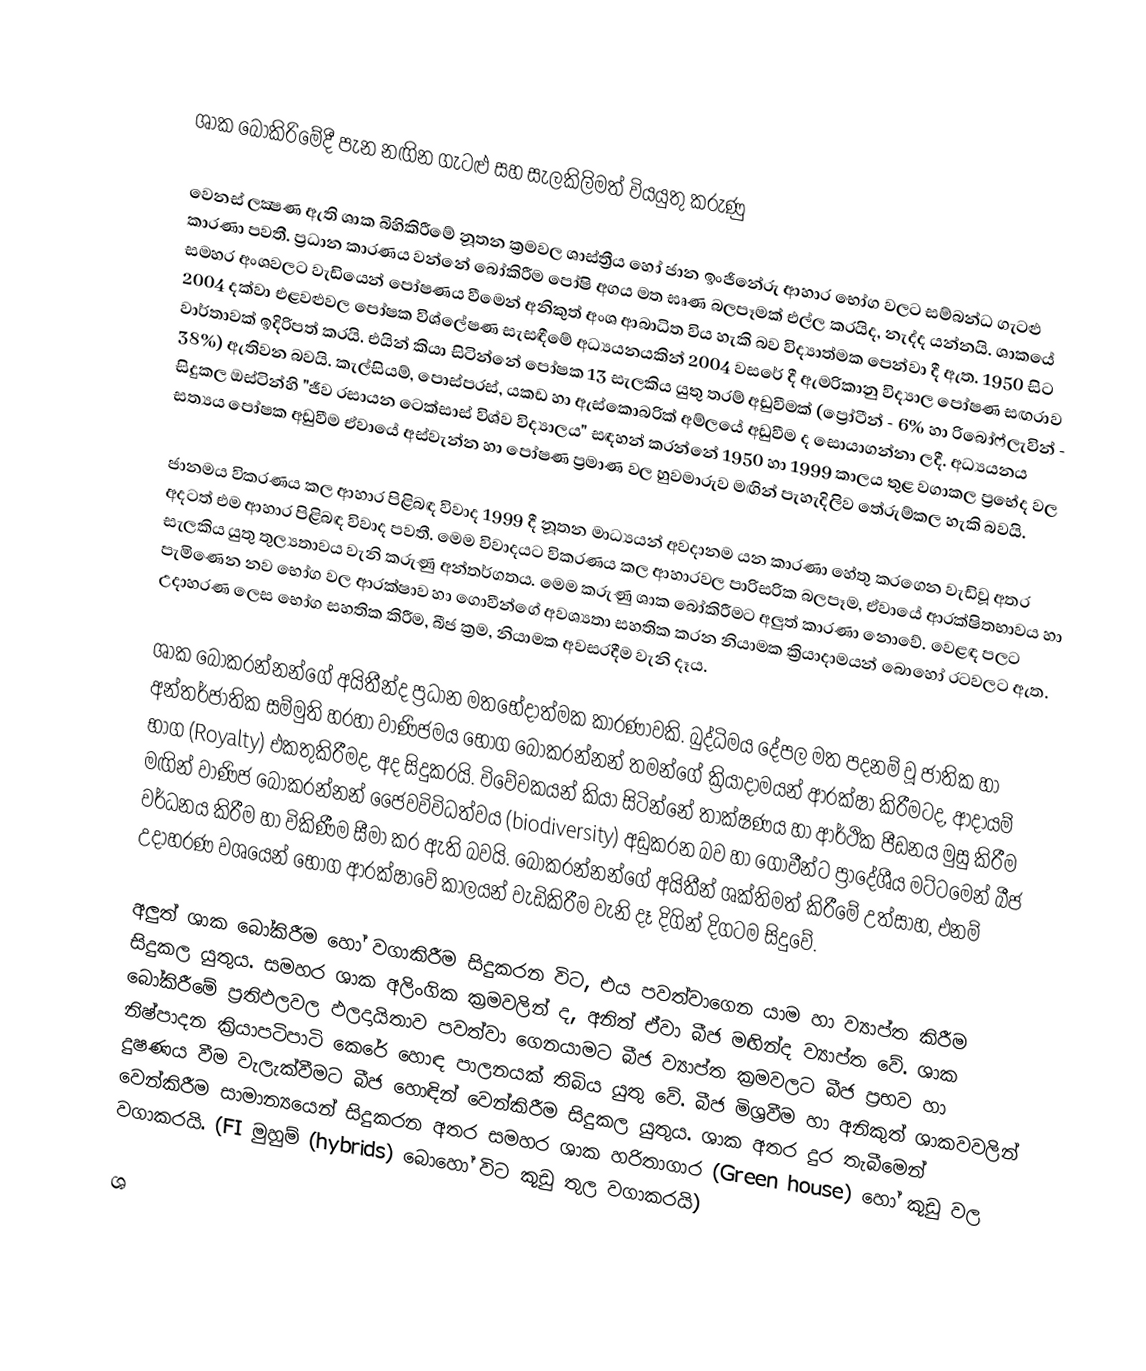

ශාක බෝකිරිමේදී පැන නඟින ගැටළු සහ සැලකිලිමත් වියයුතු කරුණු

වෙනස් ලක්‍ෂණ ඇති ශාක බිහිකිරීමේ නූතන  ක්‍රමවල ශාස්ත්‍රීය හෝ ජාන ඉංජිනේරු ආහාර භෝග වලට සම්බන්ධ ගැටළු කාරණා පවතී. ප්‍රධාන කාරණය වන්නේ බෝකිරීම පෝෂි අගය මත ඝෘණ බලපෑමක් එල්ල කරයිද, නැද්ද යන්නයි. ශාකයේ සමහර අංශවලට වැඩියෙන් පෝෂණය වීමෙන් අනිකුත් අංශ ආබාධිත විය හැකි බව විද්‍යාත්මක පෙන්වා දී ඇත. 1950 සිට 2004 දක්වා එළවළුවල පෝෂක විශ්ලේෂණ සැසඳීමේ අධ්‍යයනයකින් 2004 වසරේ දී ඇමරිකානු විද්‍යාල පෝෂණ සඟරාව වාර්තාවක් ඉදිරිපත් කරයි. එයින් කියා සිටින්නේ පෝෂක 13 සැලකිය යුතු තරම් අඩුවීමක් (ප්‍රෝටීන් - 6% හා රිබෝෆ්ලැවින් - 38%) ඇතිවන බවයි. කැල්සියම්, පොස්පරස්, යකඩ හා ඇස්කොබරික් අම්ලයේ අඩුවීම ද සොයාගන්නා ලදී. අධ්‍යයනය සිදුකල ඔස්ටින්හි "ජීව රසායන ටෙක්සාස් විශ්ව විද්‍යාලය" සඳහන් කරන්නේ 1950 හා 1999 කාලය තුළ වගාකල ප්‍රභේද වල සත්‍යය පෝෂක අඩුවීම ඒවායේ අස්වැන්න හා පෝෂණ ප්‍රමාණ වල හුවමාරුව මඟින් පැහැදිලිව තේරුම්කල හැකි බවයි.

ජානමය විකරණය කල ආහාර පිළිබඳ විවාද 1999 දී නූතන මාධ්‍යයන් අවදානම යන කාරණා හේතු කරගෙන වැඩිවූ අතර අදටත් එම ආහාර පිළිබඳ විවාද පවතී. මෙම විවාදයට විකරණය කල ආහාරවල පාරිසරික බලපෑම, ඒවායේ ආරක්ෂිතභාවය හා සැලකිය යුතු තුල්‍යතාවය වැනි කරුණු අන්තර්ගතය. මෙම කරුණු ශාක බෝකිරීමට අලුත් කාරණා නොවේ. වෙළඳ පලට පැමිණෙන නව භෝග වල ආරක්ෂාව හා ගොවීන්ගේ අවශ්‍යතා සහතික කරන නියාමක ක්‍රියාදාමයන් බොහෝ රටවලට ඇත. උදාහරණ ලෙස භෝග සහතික කිරීම, බීජ ක්‍රම, නියාමක අවසරදීම වැනි දෑය.

ශාක බෝකරන්නන්ගේ අයිතීන්ද ප්‍රධාන මතභේදාත්මක කාරණාවකි. බුද්ධිමය දේපල මත පදනම් වූ ජාතික හා අන්තර්ජාතික සම්මුති හරහා වාණිජමය භෝග බෝකරන්නන් තමන්ගේ ක්‍රියාදාමයන් ආරක්ෂා කිරීමටද, ආදායම් භාග (Royalty) එකතුකිරීමද, අද සිදුකරයි. විවේචකයන් කියා සිටින්නේ තාක්ෂණය හා ආර්ථික පීඩනය මුසු කිරීම මඟින් වාණිජ බෝකරන්නන් ජෛවවිවිධත්වය (biodiversity) අඩුකරන බව හා ගොවීන්ට ප්‍රාදේශීය මට්ටමෙන් බීජ වර්ධනය කිරීම හා විකිණීම සීමා කර ඇති බවයි. බෝකරන්නන්ගේ අයිතීන් ශක්තිමත් කිරීමේ උත්සාහ, එනම් උදාහරණ වශයෙන් භෝග ආරක්ෂාවේ කාලයන් වැඩිකිරීම වැනි දෑ දිගින් දිගටම සිදුවේ.

අලුත් ශාක බෝකිරීම හෝ වගාකිරීම සිදුකරන විට, එය පවත්වාගෙන යාම හා ව්‍යාප්ත කිරීම සිදුකල යුතුය. සමහර ශාක අලිංගික ක්‍රමවලින් ද, අනිත් ඒවා බීජ මඟින්ද ව්‍යාප්ත වේ. ශාක බෝකිරීමේ ප්‍රතිඵලවල ඵලදායිතාව පවත්වා ගෙනයාමට බීජ ව්‍යාප්ත ක්‍රමවලට බීජ ප්‍රභව හා නිෂ්පාදන ක්‍රියාපටිපාටි කෙරේ හොඳ පාලනයක් තිබිය යුතු වේ. බීජ මිශ්‍රවීම හා අනිකුත් ශාකවවලින් දුෂණය වීම වැලැක්වීමට බීජ හොඳින් වෙන්කිරීම සිදුකල යුතුය. ශාක අතර දුර තැබීමෙන් වෙන්කිරීම සාමාන්‍යයෙන් සිදුකරන අතර සමහර ශාක හරිතාගාර (Green house) හෝ කූඩු වල වගාකරයි. (FI මුහුම් (hybrids) බො‍හෝ විට කූඩු තුල වගාකරයි)

ශ